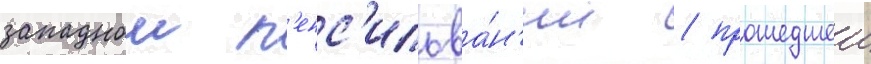
западнои п'енс'ильва́н'ии / прошедшеи